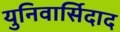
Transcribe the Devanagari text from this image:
युनिवार्सिदाद